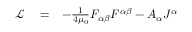
\begin{array} { r l r } { \mathcal L } & { { } = } & { - \frac { 1 } { 4 \mu _ { 0 } } F _ { \alpha \beta } F ^ { \alpha \beta } - A _ { \alpha } J ^ { \alpha } } \end{array}